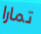
تمارا